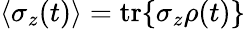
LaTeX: \langle\sigma_{z}(t)\rangle=\mathrm{tr}\{ \sigma_{z}\rho(t)\}